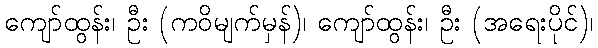
ကျော်ထွန်း၊ ဦး (ကဝိမျက်မှန်)၊ ကျော်ထွန်း၊ ဦး (အရေးပိုင်)၊